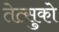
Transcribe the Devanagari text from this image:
तेत्सुको